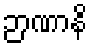
ဉာဏာနိ